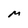
Character: M